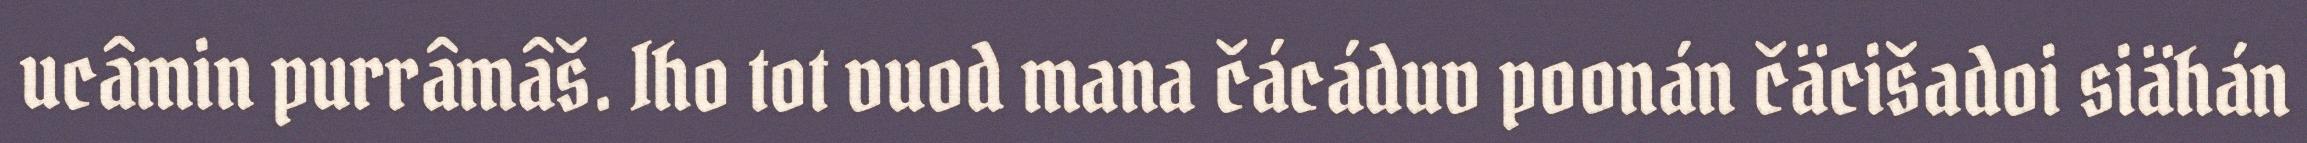
ucâmin purrâmâš. Iho tot vuod mana čácáduv poonán čäcišadoi siähán